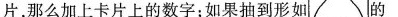
片，如果抽到形如的